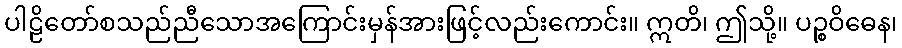
ပါဠိတော်စသည်ညီသောအကြောင်းမှန်အားဖြင့်လည်းကောင်း။ ဣတိ၊ ဤသို့။ ပဉ္စဝိဓေန၊